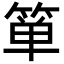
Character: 箪